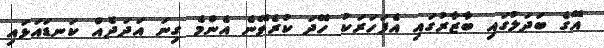
އޭގެ ބަދަލުގައި ބާޒާރުގައި އެފަހަރަކު ހޭދަ ކުރެވޭނެ އެންމެ ގިނަ އަދަދެއް ކަނޑައަޅައި